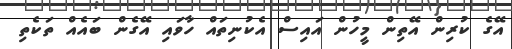
އޭގެ ކުރިން އޭތިން މީހުން އައިސް އެކުނިތައް ހާވައި އޭގެން ބައެއް ތަކެތި